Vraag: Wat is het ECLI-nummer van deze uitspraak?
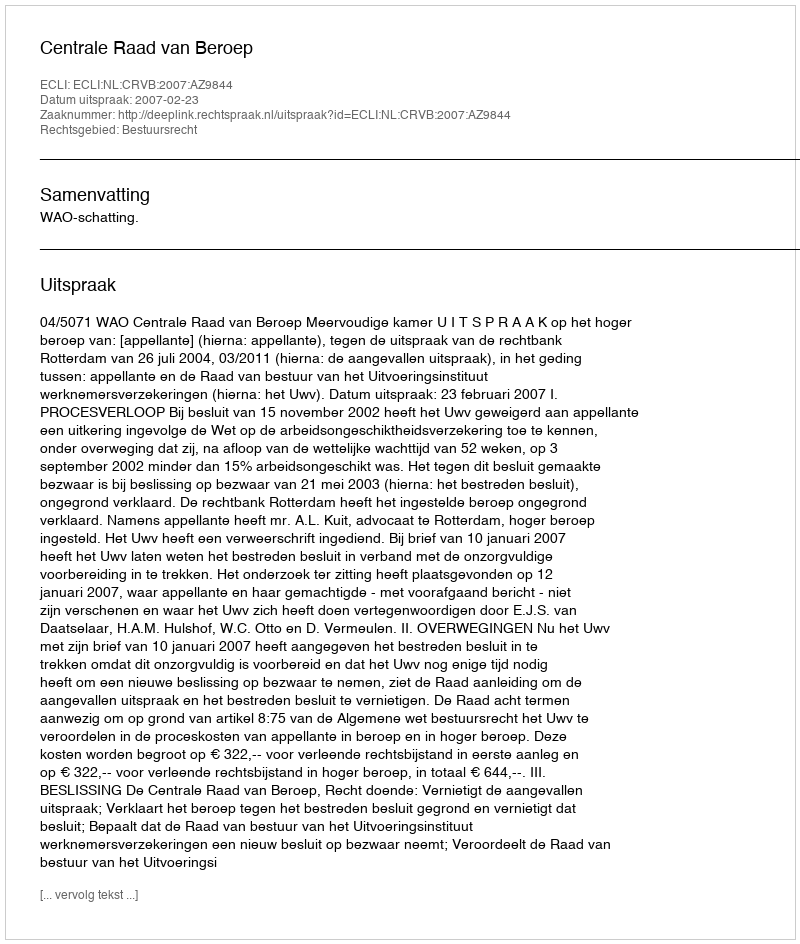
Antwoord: ECLI:NL:CRVB:2007:AZ9844